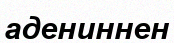
адениннен